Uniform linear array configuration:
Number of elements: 12
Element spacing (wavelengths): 0.75
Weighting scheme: kaiser
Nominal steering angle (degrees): -30
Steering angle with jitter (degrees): -30.968
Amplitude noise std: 0.05
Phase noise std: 0.05

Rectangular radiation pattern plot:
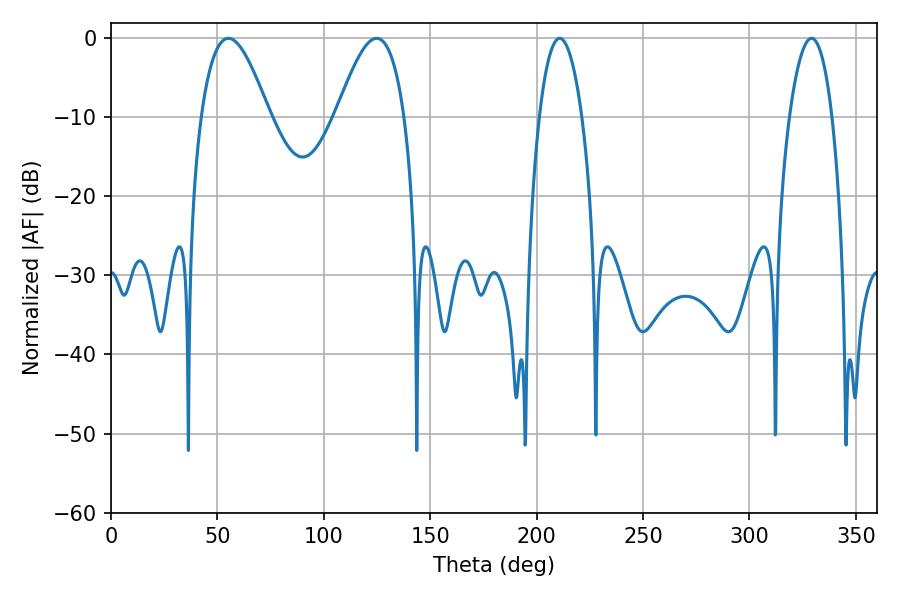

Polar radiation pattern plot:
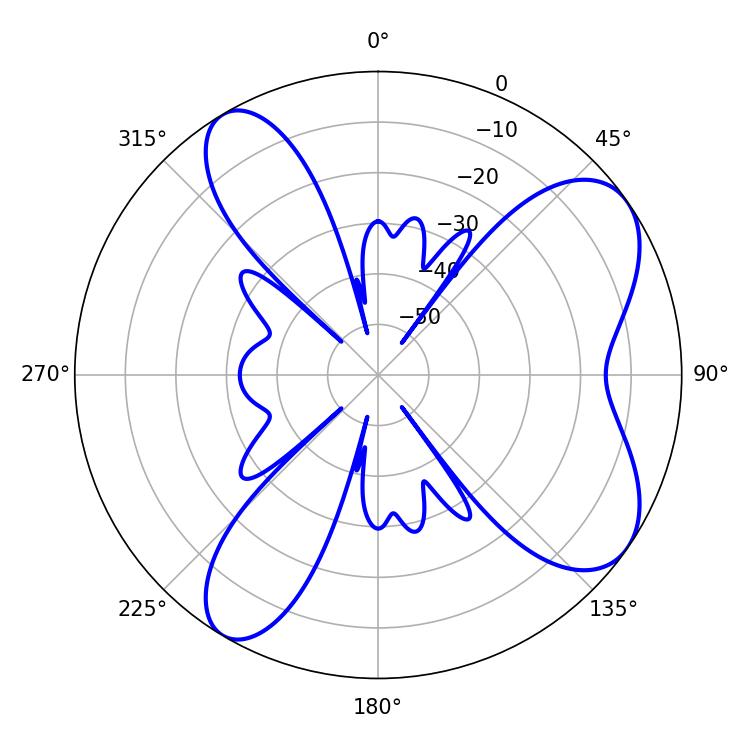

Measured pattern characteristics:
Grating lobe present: TRUE
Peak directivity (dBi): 7.58
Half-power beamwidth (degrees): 11.16
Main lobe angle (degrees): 329.22